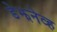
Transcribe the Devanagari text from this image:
डेझनेव्ह